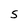
Character: S